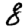
Digit: 8